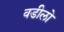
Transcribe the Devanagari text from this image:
वडीलो